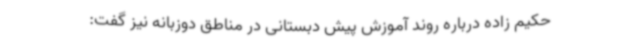
حکیم زاده درباره روند آموزش پیش دبستانی در مناطق دوزبانه نیز گفت: